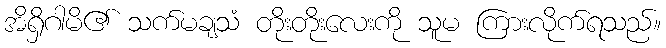
အိရှိဂါမိ၏ သက်မချသံ တိုးတိုးလေးကို သူမ ကြားလိုက်ရသည်။